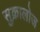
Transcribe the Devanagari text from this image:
सुक्रालोज